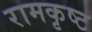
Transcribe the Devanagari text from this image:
रामकृष्ट